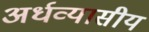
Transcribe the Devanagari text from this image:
अर्धव्यासीय